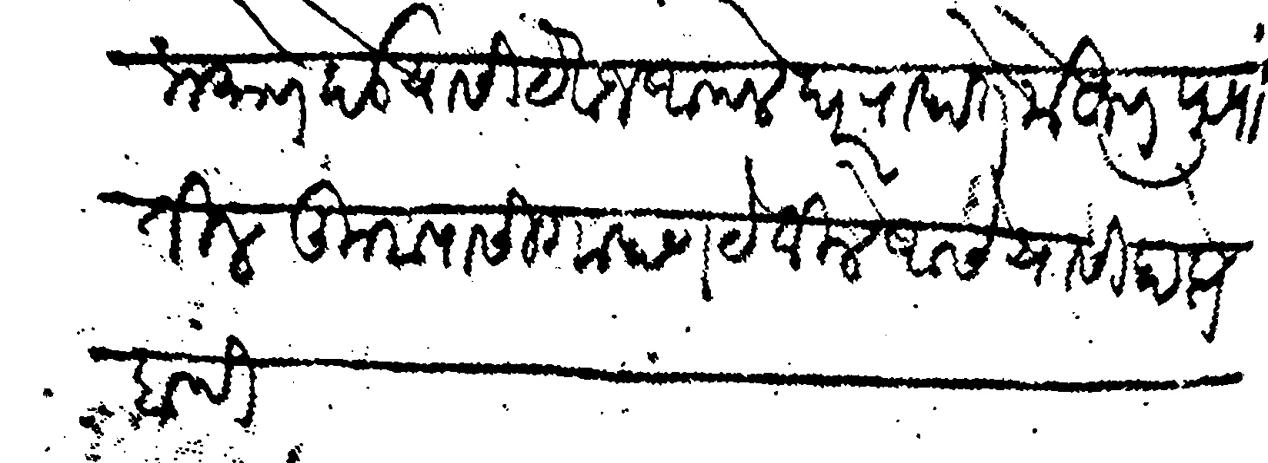
Transliteration (Devanagari): प्रमाणे देऊ यासी येवज आपले घर राहाते मेहूणपुऱ्यातील तुम्हापासी गाहाण टेविले असे यासी हाप्तेबंदी